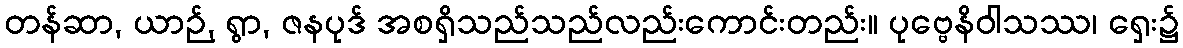
တန်ဆာ, ယာဉ်, ရွာ, ဇနပုဒ် အစရှိသည်သည်လည်းကောင်းတည်း။ ပုဗ္ဗေနိဝါသဿ၊ ရှေး၌